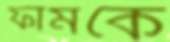
ফার্মকে